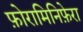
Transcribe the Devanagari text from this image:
फ़ोरामिनिफ़ेरा